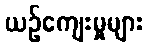
ယဉ်ကျေးမှုများ